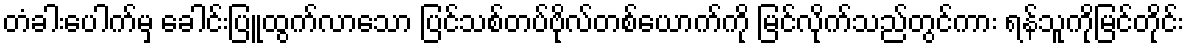
တံခါးပေါက်မှ ခေါင်းပြူထွက်လာသော ပြင်သစ်တပ်ဗိုလ်တစ်ယောက်ကို မြင်လိုက်သည်တွင်ကား ရန်သူကိုမြင်တိုင်း